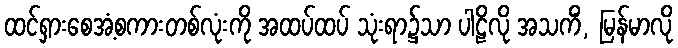
ထင်ရှားစေအံ့စကားတစ်လုံးကို အထပ်ထပ် သုံးရာ၌သာ ပါဠိလို အသကိံ, မြန်မာလို